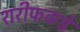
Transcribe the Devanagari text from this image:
शरीफकडे